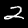
Digit: 2